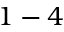
1 - 4